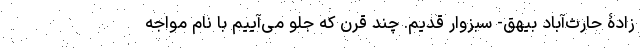
زادۀ حارث‌آباد بیهق- سبزوار قدیم. چند قرن که جلو می‌آییم با نام مواجه